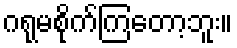
ဂရုမစိုက်ကြတော့ဘူး။